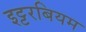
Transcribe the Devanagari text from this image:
इट्टरबियम